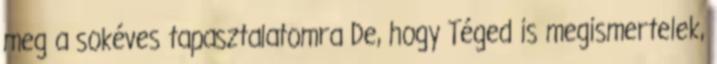
meg a sokéves tapasztalatomra De, hogy Téged is megismertelek,